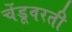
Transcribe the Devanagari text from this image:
चेंडूवरती